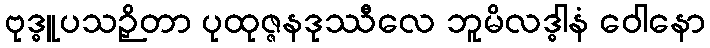
ဗုဒ္ဓူပသဉှိတာ ပုထုဇ္ဇနဒုဿီလေ ဘူမိလဒ္ဓါနံ ဝေါနော